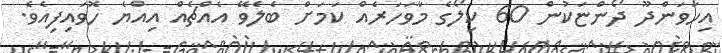
އިހަވަންދޫ ދޯންޏަކުން 60 ކިލޯގެ މާވަހަރެއް ކަމަށް ބެލެވޭ އެއްޗެއް އިއްޔެ ހޮވައިފިއެވެ.